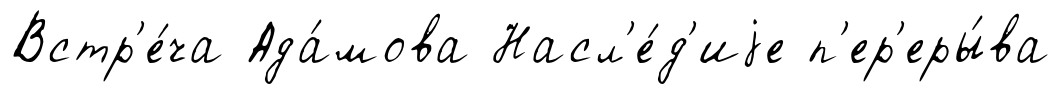
Встр'е́ча Ада́мова Насл'е́д'иjе п'ер'еры́ва